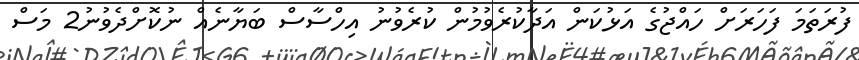
ފުރަތަމަ ފަހަރަށް ހައްޖުގެ އަޅުކަން އަދާކުރެވުމުން ކުރެވުނު އިހްސާސް ބަޔާނެއް ނުކޮށްދެވުނު2 މަސް